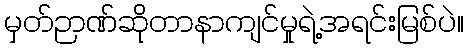
မှတ်ဉာဏ်ဆိုတာနာကျင်မှုရဲ့အရင်းမြစ်ပဲ။